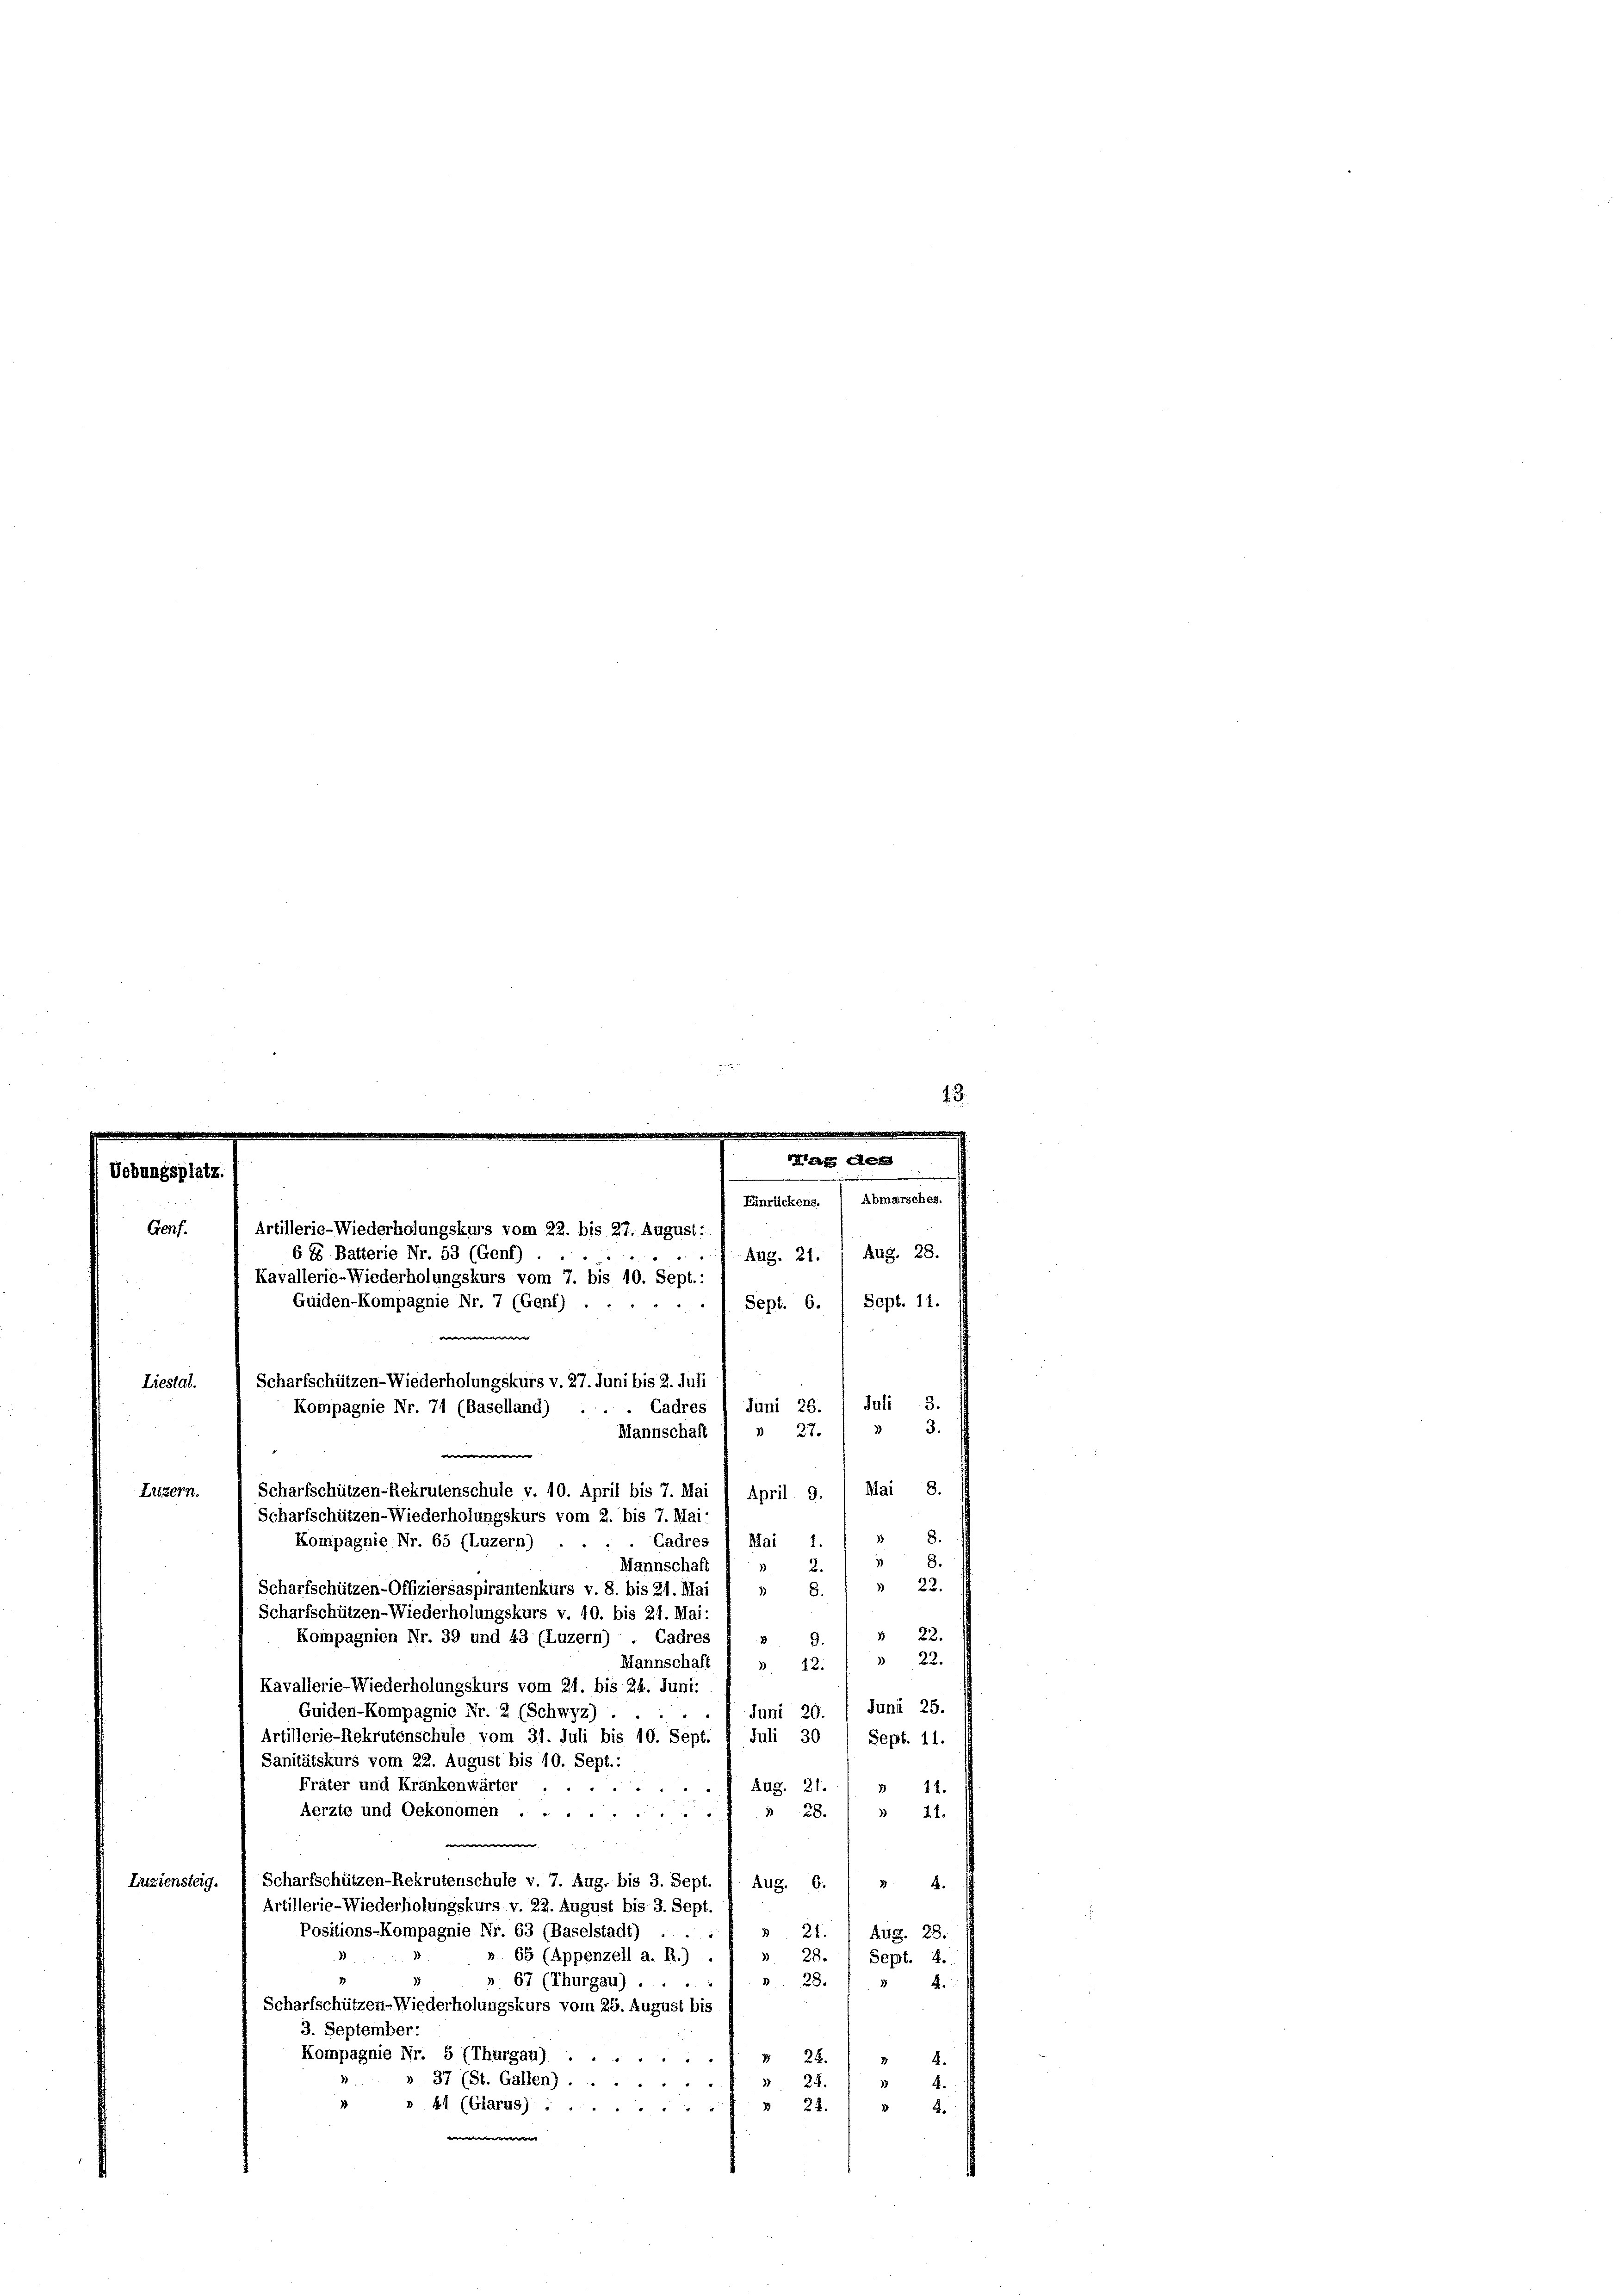
ebungsplatz.

6 85 Batterie Nr. 53 (Genf)
Guiden-Kompagnie Nr. 7 (Genf)
Liestal.
Kompagnie Nr. 74 (Baselland)
Luzern.

Genf.

Aug. 28.
Aug. 21.
Sept. 6. / Sept. 11.
Juli 3.
Juni 26
3.
 27.
Mai 8.
April 9.
8.
.
2.
3
 22.
Scharfschützen-Offiziersaspirantenkurs v. 8. bis 21. Mai
1)
8.
Scharfschützen-Wiederholungskurs v. 10. bis 21. Mai:
§ 22.
Kompagnien Nr. 39 und 43 (Luzern) . Cadres
9
 22.
Mannschaft
3
12.
Kavallerie-Wiederholungskurs vom 21. bis 24. Juni:
Juni 20. / Juni 25.
Guiden-Kompagnie Nr. 2 (Schwyz) ....
Juli 30
Artillerie-Rekrutenschule vom 31. Juli bis 10. Sept.
Sept. 11.
Sanitätskurs vom 22. August bis 10. Sept.:
Frater und Krankenwärter. Aug. 21.
 11.
Aerzte und Oekonomen 28.
» 21.

Scharfschützen-Rekrutenschule v. 7. Aug. bis 3. Sept.
Luziensteig.
Aug. 6.
85.
Artillerie-Wiederholungskurs v. 22. August bis 3. Sept.
Positions-Kompagnie Nr. 63 (Baselstadt) ...
» 21. 1 Aug. 28.
 28.
». 65 (Appenzell a. R.) .
Sept. 4.
 28.
» 67 (Thurgau) .
4.
Scharfschützen-Wiederholungskurs vom 25. August bis
3. September:
Kompagnie Nr. 5 (Thurgau)
 24.
 4.
37 (St. Gallen) ..
24.
4.
37
» 41 (Glarus).
 24.
 2.
d

Artillerie-Wiederholungskurs vom 22. bis 27. August:
Kavallerie-Wiederholungskurs vom 7. bis 10. Sept.:

Scharfschützen-Wiederholungskurs v. 27. Juni bis 2. Juli
Cadres
Mannschaft
w
Scharfschützen-Rekrutenschule v. 10. April bis 7. Mai
Scharfschützen-Wiederholungskurs vom 2. bis 7. Mai
Cadres 1 Mai 1.
Kompagnie Nr. 65 (Luzern) . .
Mannschaft

r der
Einrückens. ( Abmarsches.

1